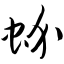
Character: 蚧